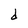
Character: d